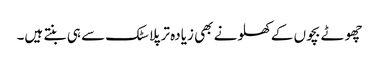
چھوٹے بچوں کے کھلونے بھی زیادہ تر پلاسٹک سے ہی بنتے ہیں۔